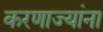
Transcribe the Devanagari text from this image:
करणाज्यांना